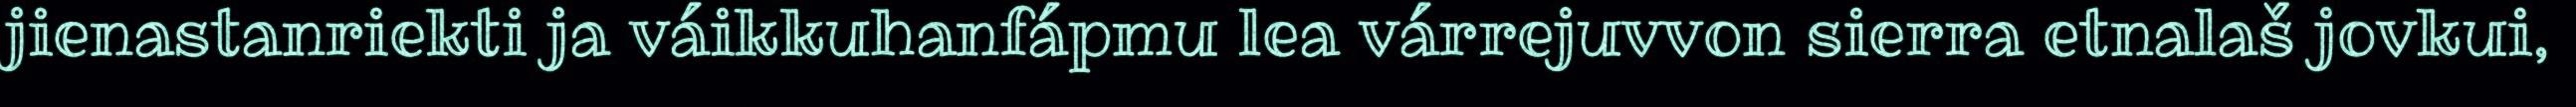
jienastanriekti ja váikkuhanfápmu lea várrejuvvon sierra etnalaš jovkui,